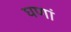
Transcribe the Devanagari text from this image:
घणां